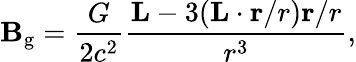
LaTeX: \mathbf{B}_{\mathrm{g}}={\frac{G}{2c^{2}}}{\frac{\mathbf{L}-3(\mathbf{L}\cdot\mathbf{r}/r)\mathbf{r}/r}{r^{3}}},